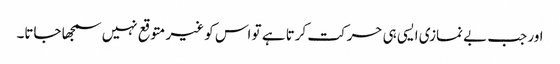
اور جب بے نمازی ایسی ہی حرکت کرتا ہے تو اس کو غیر متوقع نہیں سمجھا جاتا۔